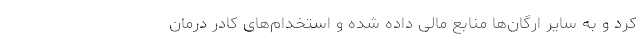
کرد و به سایر ارگان‌ها منابع مالی داده شده و استخدام‌های کادر درمان